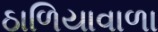
ઠાળિયાવાળા